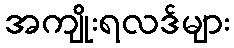
အကျိုးရလဒ်များ